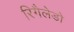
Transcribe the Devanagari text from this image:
रिगैलेडो